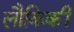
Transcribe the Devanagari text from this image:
लौकिकीं